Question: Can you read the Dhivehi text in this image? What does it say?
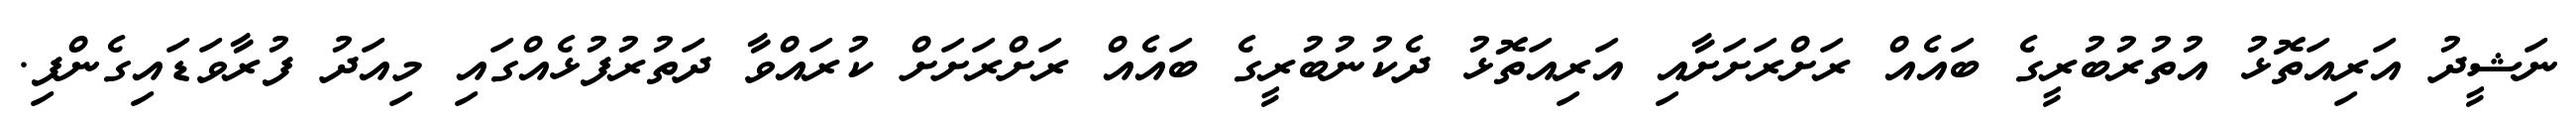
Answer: ނަޝީދު އަރިއަތޮޅު އުތުރުބުރީގެ ބައެއް ރަށްރަށަށާއި އަރިއަތޮޅު ދެކުނުބުރީގެ ބައެއް ރަށްރަށަށް ކުރައްވާ ދަތުރުފުޅެއްގައި މިއަދު ފުރާވަޑައިގެންފި.